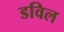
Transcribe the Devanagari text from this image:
डविल